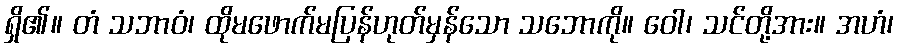
ရှိ၏။ တံ သဘာဝံ၊ ထိုမဖောက်မပြန်ဟုတ်မှန်သော သဘောကို။ ဝေါ၊ သင်တို့အား။ အဟံ၊